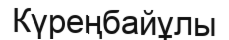
Күреңбайұлы